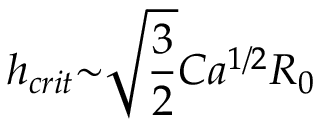
h _ { c r i t } { \sim } \sqrt { \frac { 3 } { 2 } } C a ^ { 1 / 2 } R _ { 0 }